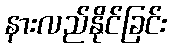
နားလည်နိုင်ခြင်း